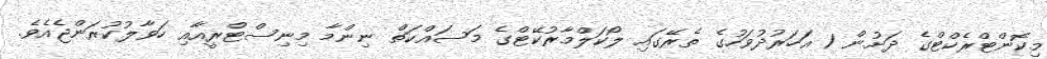
މިކޮންޓްރެކްޓްގެ ދަށުން 1 އަހަރުދުވަހުގެ ތެރޭގައި ލޯކަލްމާރުކޭޓްގެ މަސައްކަތް ނިންމާ މިނިސްޓްރީއާއި ހަވާލުކުރަންޖެއެވެ.